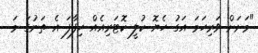
"މަށަށް ވަރިހަމަ އަގު ހެޔޮ ކުލީ ކޮޓަރިއެއް ހިފާފަ އެ ތަނުގަ މަ